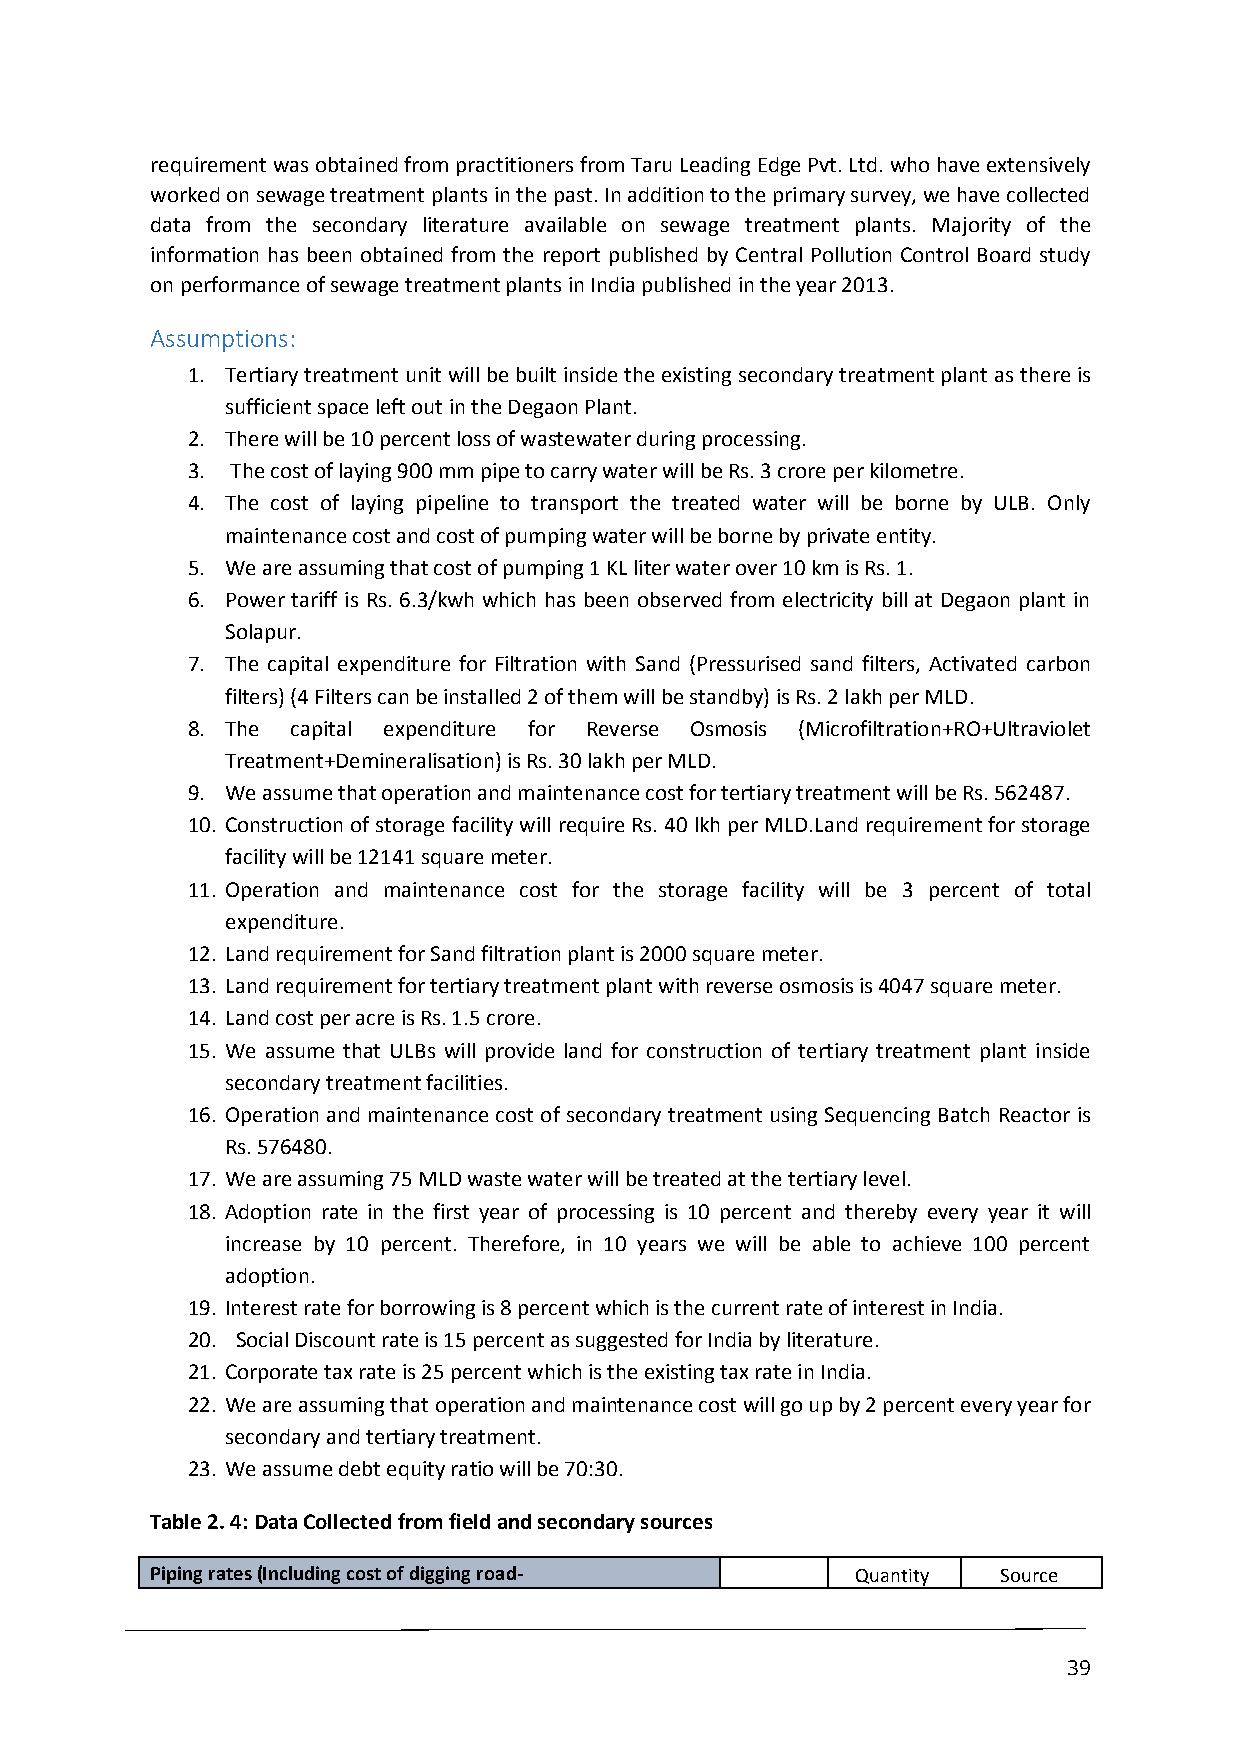
requirement was obtained from practitioners from Taru Leading Edge Pvt. Ltd. who have extensively
 worked on sewage treatment plants in the past. In addition to the primary survey, we have collected
 data from the secondary literature available on sewage treatment plants. Majority of the
 information has been obtained from the report published by Central Pollution Control Board study
 on performance of sewage treatment plants in India published in the year 2013.
 Assumptions:
 1. Tertiary treatment unit will be built inside the existing secondary treatment plant as there is
 sufficient space left out in the Degaon Plant.
 2. There will be 10 percent loss of wastewater during processing.
 3. The cost of laying 900 mm pipe to carry water will be Rs. 3 crore per kilometre.
 4. The cost of laying pipeline to transport the treated water will be borne by ULB. Only
 maintenance cost and cost of pumping water will be borne by private entity.
 5. We are assuming that cost of pumping 1 KL liter water over 10 km is Rs. 1.
 6. Power tariff is Rs. 6.3/kwh which has been observed from electricity bill at Degaon plant in
 Solapur.
 7. The capital expenditure for Filtration with Sand (Pressurised sand filters, Activated carbon
 filters) (4 Filters can be installed 2 of them will be standby) is Rs. 2 lakh per MLD.
 8. The capital expenditure for Reverse Osmosis (Microfiltration+RO+Ultraviolet
 Treatment+Demineralisation) is Rs. 30 lakh per MLD.
 9. We assume that operation and maintenance cost for tertiary treatment will be Rs. 562487.
 10. Construction of storage facility will require Rs. 40 lkh per MLD.Land requirement for storage
 facility will be 12141 square meter.
 11. Operation and maintenance cost for the storage facility will be 3 percent of total
 expenditure.
 12. Land requirement for Sand filtration plant is 2000 square meter.
 13. Land requirement for tertiary treatment plant with reverse osmosis is 4047 square meter.
 14. Land cost per acre is Rs. 1.5 crore.
 15. We assume that ULBs will provide land for construction of tertiary treatment plant inside
 secondary treatment facilities.
 16. Operation and maintenance cost of secondary treatment using Sequencing Batch Reactor is
 Rs. 576480.
 17. We are assuming 75 MLD waste water will be treated at the tertiary level.
 18. Adoption rate in the first year of processing is 10 percent and thereby every year it will
 increase by 10 percent. Therefore, in 10 years we will be able to achieve 100 percent
 adoption.
 19. Interest rate for borrowing is 8 percent which is the current rate of interest in India.
 20. Social Discount rate is 15 percent as suggested for India by literature.
 21. Corporate tax rate is 25 percent which is the existing tax rate in India.
 22. We are assuming that operation and maintenance cost will go up by 2 percent every year for
 secondary and tertiary treatment.
 23. We assume debt equity ratio will be 70:30.
 Table 2. 4: Data Collected from field and secondary sources
 Piping rates (Including cost of digging road-  Quantity Source
 39